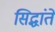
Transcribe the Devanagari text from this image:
सिद्धांतें